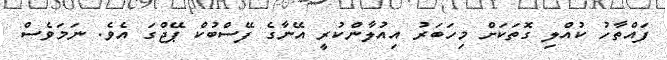
ފައްތާހު ކުއްލި ގޮތަކަށް މިހަަބަރު އިއުލާންކުރީ އޭނާގެ ފޭސްބުކް ޕޭޖްގަ އެވެ. ނަމަވެސް